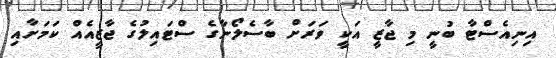
އިނިއެސްޓާ ބުނީ މި ޖާޒީ އަކީ ވަރަށް ބާސެލޯނާގެ ސްޓައިލުގެ ޖާޒީއެއް ކަމަށާއި